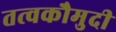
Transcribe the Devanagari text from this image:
तत्‍वकौमुदी